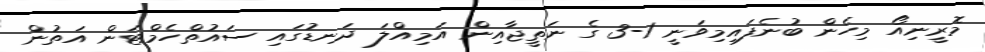
މޮރީނިއޯ މިހެން ބުނެފައިމިވަނީ 1-3 ގެ ނަތީޖާއިން އަމިއްލަ ދަނޑުގައި ސައުތްހެމްޓަން އަތުން